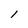
Character: l